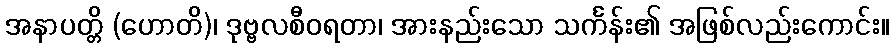
အနာပတ္တိ (ဟောတိ)၊ ဒုဗ္ဗလစီဝရတာ၊ အားနည်းသော သင်္ကန်း၏ အဖြစ်လည်းကောင်း။